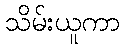
သိမ်းယူကာ